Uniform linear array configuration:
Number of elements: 32
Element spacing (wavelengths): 0.25
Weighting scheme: blackman
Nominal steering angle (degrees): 60
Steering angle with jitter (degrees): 60.89
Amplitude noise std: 0.05
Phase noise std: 0.05

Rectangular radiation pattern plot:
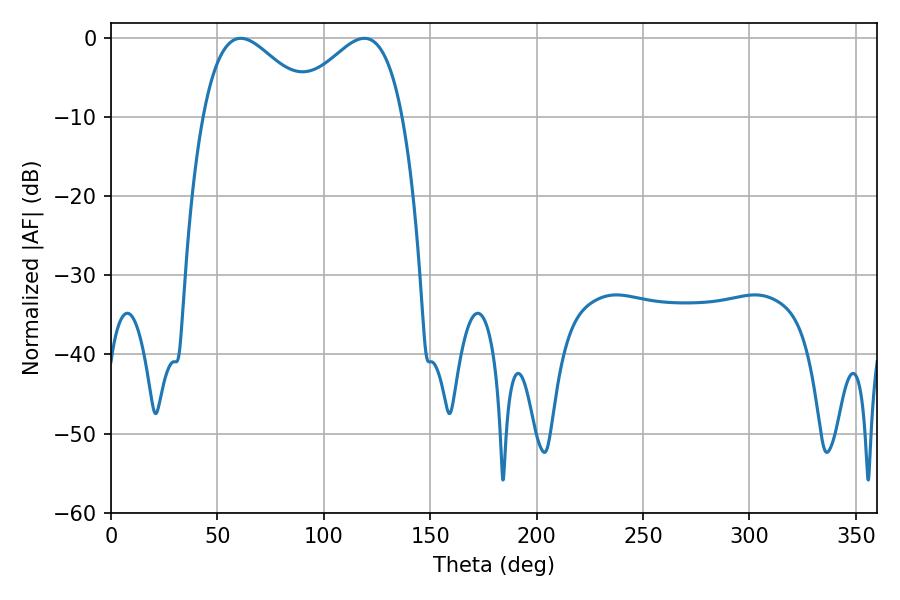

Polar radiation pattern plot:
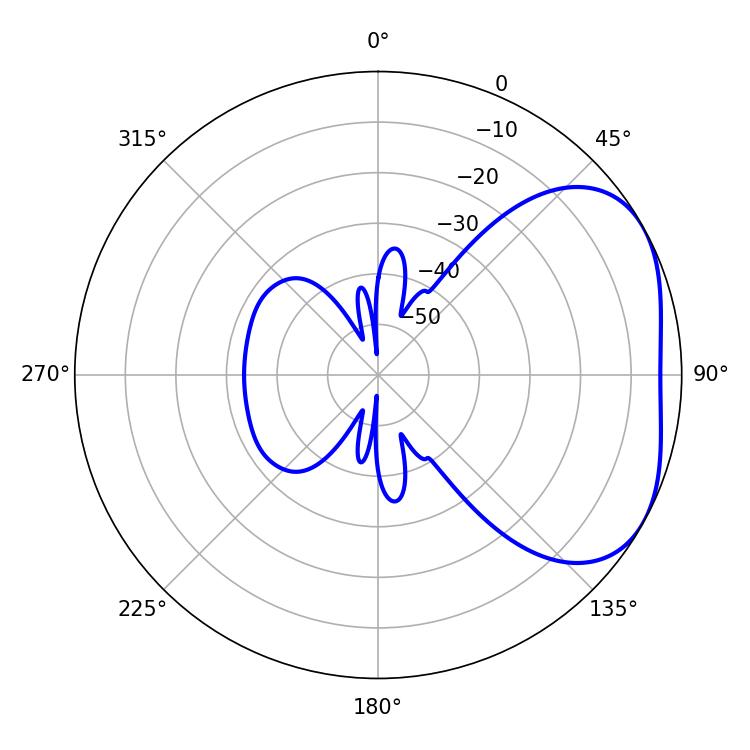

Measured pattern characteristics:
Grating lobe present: FALSE
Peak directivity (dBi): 3.377
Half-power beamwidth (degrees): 28.44
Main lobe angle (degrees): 61.02